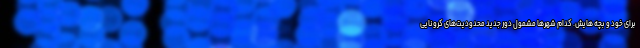
برای خود و بچه هایش. کدام شهرها مشمول دور جدید محدودیت‌های کرونایی